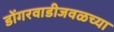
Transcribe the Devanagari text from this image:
डोंगरवाडीजवळच्या